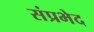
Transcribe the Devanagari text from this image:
संप्रभेद